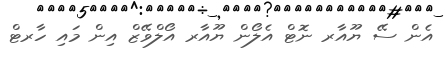
އެން ސޭ ޔޫއާރ ނޮޓް އެލޯން ޔޫއާރ އޯލްވޭޒް އިން މައި ހާރޓް